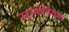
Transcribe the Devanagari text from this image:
स्ट्रामोनियम।